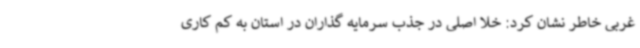
غربی خاطر نشان کرد: خلا اصلی در جذب سرمایه گذاران در استان به کم کاری